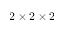
2 \times 2 \times 2